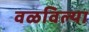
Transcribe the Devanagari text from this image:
वळविल्या